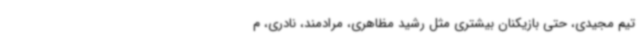
تیم مجیدی، حتی بازیکنان بیشتری مثل رشید مظاهری، مرادمند، نادری، م